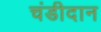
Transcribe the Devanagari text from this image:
चंडीदान